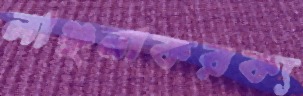
লাঞ্ছনাকরক্য